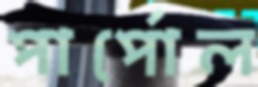
পার্পোল